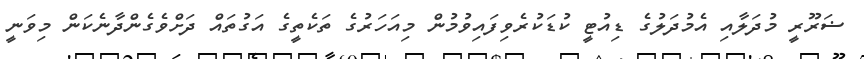
ޟަރޫރީ މުދަލާއި އެމުދަލުގެ ޑިއުޓީ ކުޑަކުރެވިފައިވުމުން މިއަހަރުގެ ތަކެތީގެ އަގުތައް ދަށްވެގެންދާނެކަން މިވަނީ